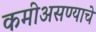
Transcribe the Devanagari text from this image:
कमीअसण्याचे